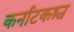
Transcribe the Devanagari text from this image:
कर्नाटकश्च